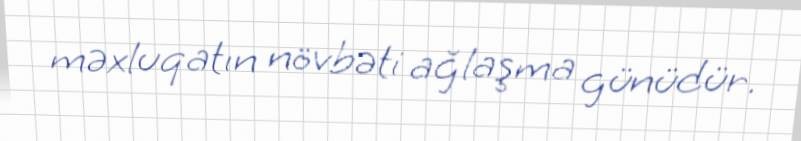
məxluqatın növbəti ağlaşma günüdür.